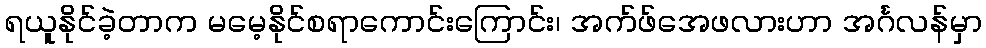
ရယူနိုင်ခဲ့တာက မမေ့နိုင်စရာကောင်းကြောင်း၊ အက်ဖ်အေဖလားဟာ အင်္ဂလန်မှာ